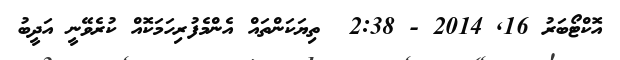
އޮކްޓޯބަރު 16